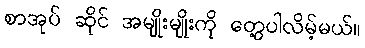
စာအုပ် ဆိုင် အမျိုးမျိုးကို တွေ့ပါလိမ့်မယ်။